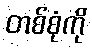
တစ်စုံကို